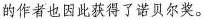
的作者也因此获得了诺贝尔奖。